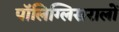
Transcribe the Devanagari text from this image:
पॉलिग्लिसरालों